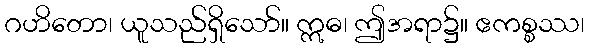
ဂဟိတော၊ ယူသည်ရှိသော်။ ဣဓ၊ ဤအရာ၌။ ဧကစ္စဿ၊